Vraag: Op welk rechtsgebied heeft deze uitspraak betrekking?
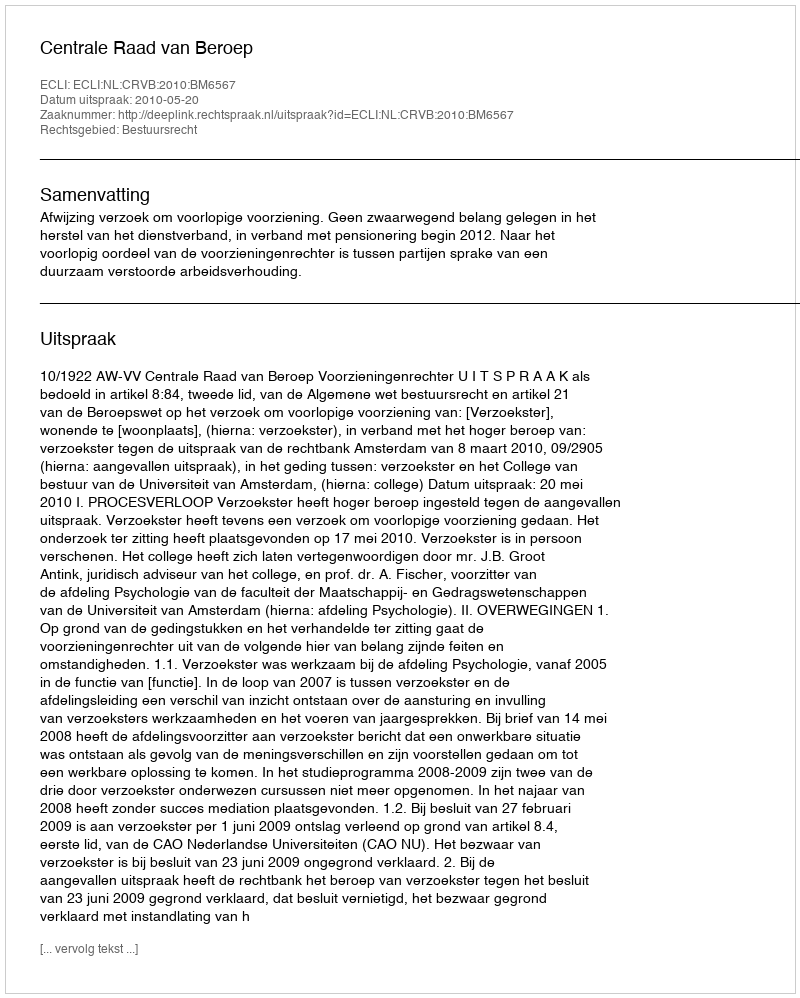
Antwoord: Bestuursrecht